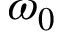
\omega _ { 0 }